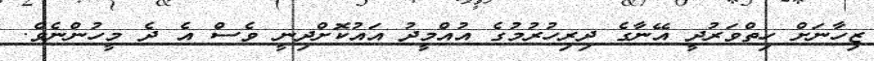
ޒިހާނަށް ހިތްވަރުދީ އޭނާގެ ދިރިހުރުމުގެ އުއްމީދު އައުކޮށްދިނީ ވެސް އެ ދެ މީހުންނެވެ.